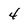
Character: 4